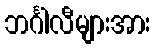
ဘင်္ဂါလီများအား